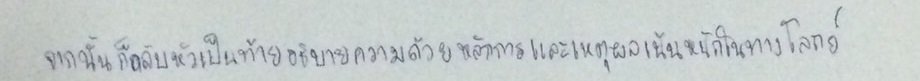
จากนั้นก็กลับหัวเป็นท้ายอธิบายความด้วยหลักการและเหตุผลเน้นหนักในทางโลกย์